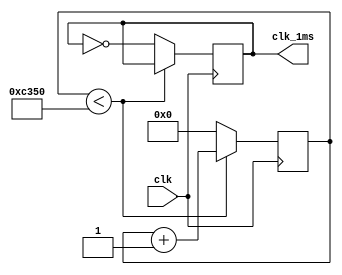
`timescale 1ns / 1ps

module clk_1ms( 
	input clk, 
	output reg clk_1ms
);
	 
	reg [31:0] cnt;

	initial begin
		cnt = 32'b0;
		clk_1ms = 0;
	end

	wire[31:0] cnt_next;
	assign cnt_next = cnt + 1'b1;

	always @(posedge clk) begin
		if(cnt<50_000)begin
			cnt <= cnt_next;
		end
		else begin
			cnt <= 0;
			clk_1ms <= ~clk_1ms;
		end
	end

endmodule